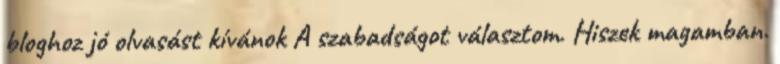
bloghoz jó olvasást kívánok A szabadságot választom. Hiszek magamban.